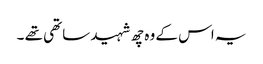
یہ اس کے وہ چھ شہید ساتھی تھے ۔